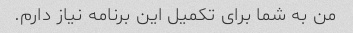
من به شما برای تکمیل این برنامه نیاز دارم.